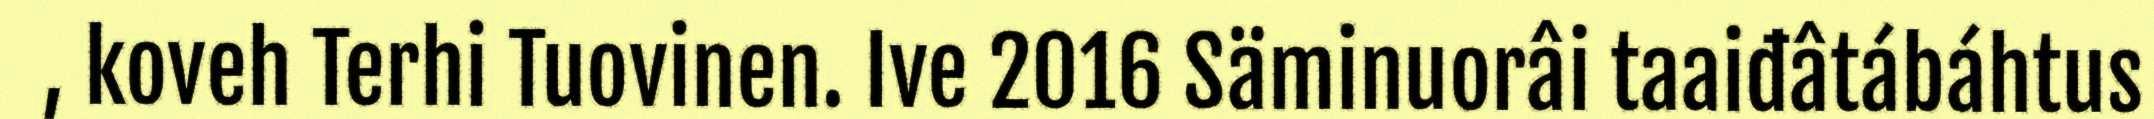
, koveh Terhi Tuovinen. Ive 2016 Säminuorâi taaiđâtábáhtus